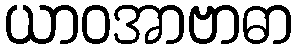
ယာဝအာဗာဓာ